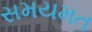
સમયમત